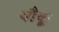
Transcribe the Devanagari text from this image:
यौकू